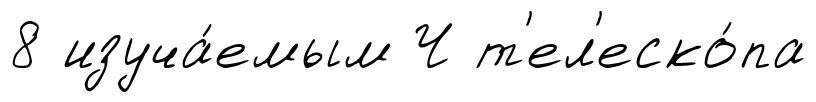
8 изуча́емым Ч т'ел'еско́па